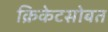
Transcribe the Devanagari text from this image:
क्रिकेटसोबत